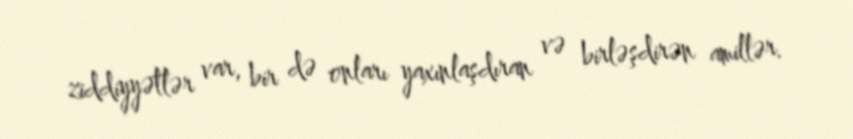
ziddiyyətlər var, bir də onları yaxınlaşdıran və birləşdirən amillər.